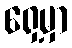
ရှေ့မှာ